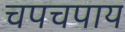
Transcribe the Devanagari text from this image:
चपचपाय